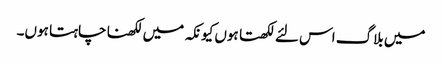
میں بلاگ اس لئے لکھتا ہوں کیونکہ میں لکھنا چاہتا ہوں۔